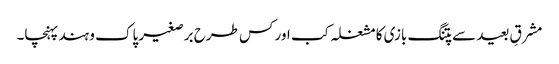
مشرقِ بعید سے پتنگ بازی کا مشغلہ کب اور کس طرح برصغیر پاک و ہند پہنچا۔